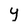
Character: y